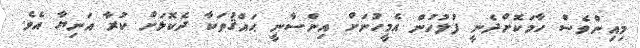
މިއިންވެސް ހާމަކޮށްދެނީ ފުލުހުން އެމީހުނަށް އިންސާނީ ޙައްޤުތަކާ ދެކޮޅަށް ކުރާ އަނިޔާ އެވެ.